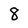
Character: 8